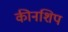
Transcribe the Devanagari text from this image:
कीनशिप